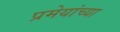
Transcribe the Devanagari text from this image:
प्रमेयांच्या